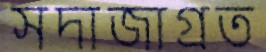
সদাজাগ্রত